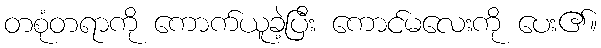
တစုံတရာကို ကောက်ယူခဲ့ပြီး ကောင်မလေးကို ပေး၏။